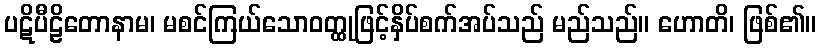
ပဋိပီဠိတောနာမ၊ မစင်ကြယ်သောဝတ္ထုဖြင့်နှိပ်စက်အပ်သည် မည်သည်။ ဟောတိ၊ ဖြစ်၏။